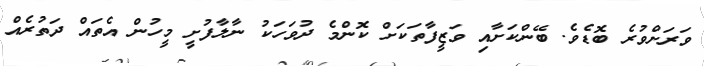
ވަރަށްވުރެ ބޮޑެވެ. ބޭންކަށާއި ވަޒީފާތަކަށް ކޮންމެ ދުވަހަކު ނާލާފުށީ މީހުން އެތައް ދަތުރެއް